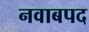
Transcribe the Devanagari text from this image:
नवाबपद